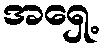
အရှေ့